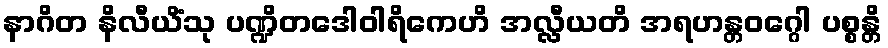
နာဂိတ နိလီယိံသု ပဏ္ဍိတဒေါဝါရိကေဟိ အလ္လီယတိ အရဟန္တဝဂ္ဂေါ ပစ္စန္တိ